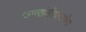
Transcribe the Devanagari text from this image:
जमखंडीप्रमाणेच